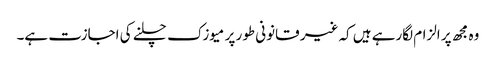
وہ مجھ پر الزام لگارہے ہیں کہ غیر قانونی طور پر میوزک چلنے کی اجازت ہے۔